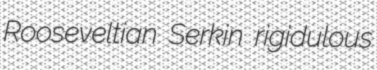
Rooseveltian Serkin rigidulous